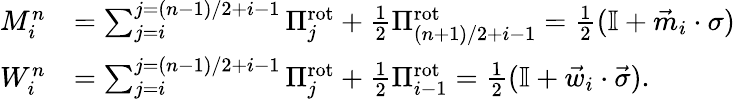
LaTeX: \begin{array}{rl}{M_{i}^{n}}&{=\sum_{j=i}^{j=(n-1)/2+i-1}\Pi_{j}^{\mathrm{rot}}+\frac{1}{2}\Pi_{(n+1)/2+i-1}^{\mathrm{rot}}=\frac{1}{2}(\mathbb{I}+\vec{m}_{i}\cdot\sigma)}\\ {W_{i}^{n}}&{=\sum_{j=i}^{j=(n-1)/2+i-1}\Pi_{j}^{\mathrm{rot}}+\frac{1}{2}\Pi_{i-1}^{\mathrm{rot}}=\frac{1}{2}(\mathbb{I}+\vec{w}_{i}\cdot\vec{\sigma}).}\end{array}